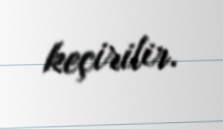
keçirilir.